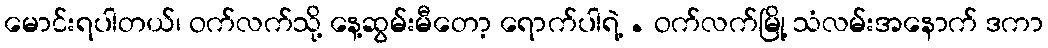
မောင်းရပါတယ်၊ ဝက်လက်သို့ နေ့ဆွမ်းမီတော့ ရောက်ပါရဲ့ . ဝက်လက်မြို့ သံလမ်းအနောက် ဒကာ